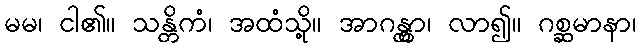
မမ၊ ငါ၏။ သန္တိကံ၊ အထံသို့။ အာဂန္တွာ၊ လာ၍။ ဂစ္ဆမာနာ၊